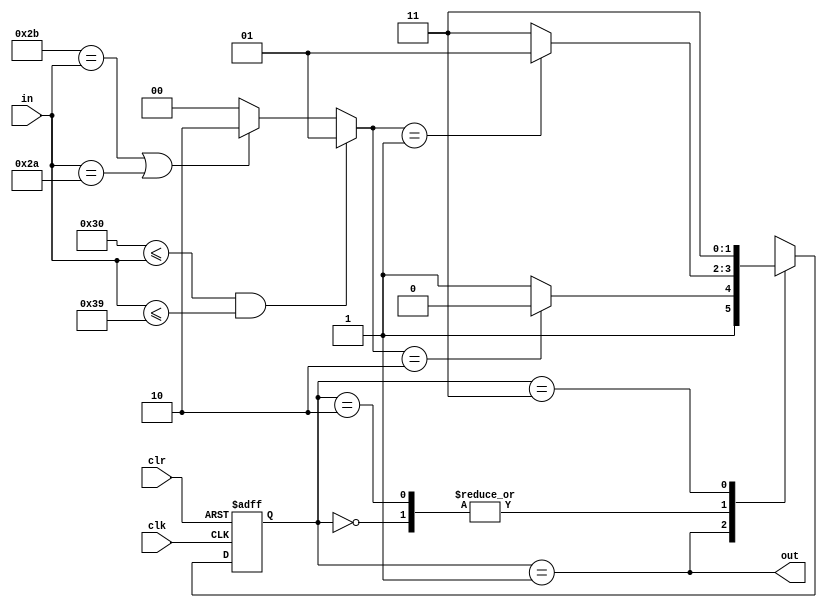
module string(
    input clk,
    input clr,
    input [7:0] in,
    output out);

    reg [1:0] state;
    reg [1:0] next;
    wire [1:0] type;

    assign type = (("0" <= in) && (in <= "9")) ? 2'b01 :
                  (("+" == in) || (in == "*")) ? 2'b10 :
                  2'b00;

    initial begin
        state = 2'b00;
    end


    always @(*) begin
        case (state)
            2'b00: begin
                case (type)
                    2'b01: next = 2'b01;
                    default: next = 2'b11;
                endcase
            end
            2'b01: begin
                case (type)
                    2'b10: next = 2'b10;
                    default: next = 2'b11;
                endcase
            end    
            2'b10: begin
                case (type)
                    2'b01: next = 2'b01;
                    default: next = 2'b11;
                endcase
            end
            2'b11:
                next = 2'b11;
        endcase
    end

    always @(posedge clk or posedge clr) begin
        if (clr) begin
            state <= 0;
        end
        else begin
            state <= next;
        end
    end

    assign out = (state == 2'b01);

endmodule